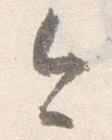
今